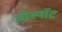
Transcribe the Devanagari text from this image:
जीस्पॉट